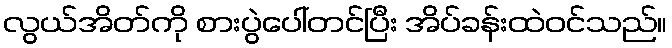
လွယ်အိတ်ကို စားပွဲပေါ်တင်ပြီး အိပ်ခန်းထဲဝင်သည်။